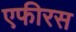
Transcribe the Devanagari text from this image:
एफीरस